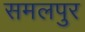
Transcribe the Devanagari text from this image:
समलपुर